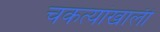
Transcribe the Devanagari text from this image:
चकत्यांखाली